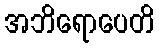
အဘိရောပေတိ